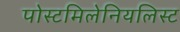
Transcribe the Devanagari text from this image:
पोस्टमिलेनियलिस्ट